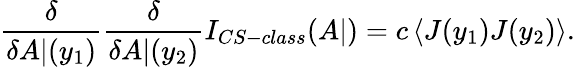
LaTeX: \frac{\delta}{\delta A|(y_{1})}\frac{\delta}{\delta A|(y_{2})}I_{CS-class}(A|)=c\left<J(y_{1})J(y_{2})\right>.